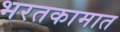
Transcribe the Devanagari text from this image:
भरतकामात